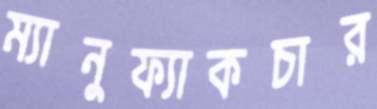
ম্যানুফ্যাকচার